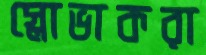
স্লোভাকরা